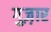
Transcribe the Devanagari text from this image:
गुज़़ार